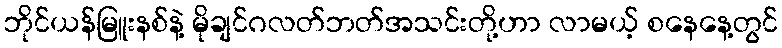
ဘိုင်ယန်မြူးနစ်နဲ့ မိုချင်ဂလတ်ဘတ်အသင်းတို့ဟာ လာမယ့် စနေနေ့တွင်